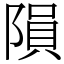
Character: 隕